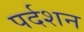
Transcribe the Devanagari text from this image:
पर्दशन